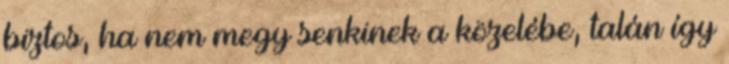
biztos, ha nem megy senkinek a közelébe, talán így